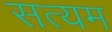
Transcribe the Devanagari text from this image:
सत्यम